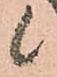
候